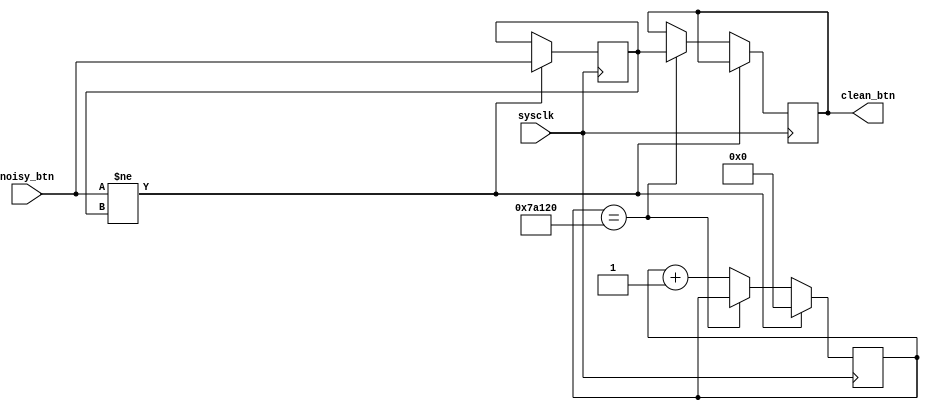
//==============================================================================
// Button Debouncer for PUnC LC3 Processor
// Note: Use only on an FPGA
//==============================================================================

module ButtonDebouncer
#(
	parameter TIME_DELAY = 500000 // Length of button depression required
	                              // (measured in cycles on sysclk)
	                              // Default: 0.01 seconds
)(
	input      sysclk,    // System clock (50Mhz)
	input      noisy_btn, // Physical button
	output reg clean_btn  // Debounced button
);

	reg [31:0] count;
	reg xnew;

	always @(posedge sysclk) begin
		if (noisy_btn != xnew) begin
			xnew <= noisy_btn;
			count <= 0;
		end else if (count == TIME_DELAY) begin
			clean_btn <= xnew;
		end else begin
			count <= count + 1;
		end
	end
endmodule